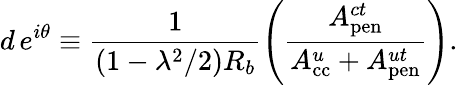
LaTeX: d\, e^{i\theta}\equiv\frac{1}{(1-\lambda^{2}/2)R_{b}}\left(\frac{A_{\mathrm{pen}}^{ct}}{A_{\mathrm{cc}}^{u}+A_{\mathrm{pen}}^{ut}}\right).